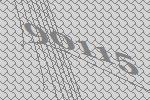
90115